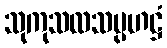
သုကုသလသမ္ပဟဋ္ဌံ